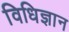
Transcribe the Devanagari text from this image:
विधिज्ञान